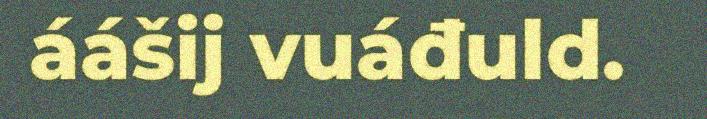
áášij vuáđuld.